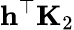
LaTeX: \mathbf{h}^{\top}\mathbf{K}_{2}